Scottish Leaving Certificate Examination, 1958
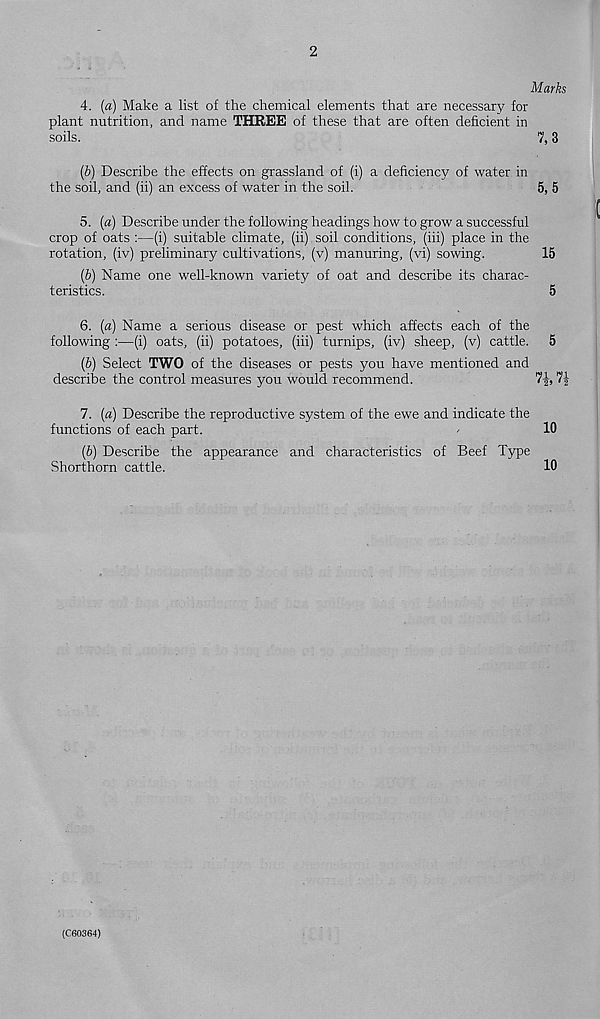
2
Marks
4. (a) Make a list of the chemical elements that are necessary for
plant nutrition, and name THREE of these that are often deficient in
soils.
7,3
(b) Describe the effects on grassland of (i) a deficiency of water in
the soil, and (ii) an excess of water in the soil.
5, 5
5. (a) Describe under the following headings how to grow a successful
crop of oats :—(i) suitable climate, (ii) soil conditions, (iii) place in the
rotation, (iv) preliminary cultivations, (v) manuring, (vi) sowing.
15
(b) Name one well-known variety of oat and describe its charac-
teristics.
5
6. (a) Name a serious disease or pest which affects each of the
following :—(i) oats, (ii) potatoes, (iii) turnips, (iv) sheep, (v) cattle. 5
(b) Select TWO of the diseases or pests you have mentioned and
describe the control measures you would recommend.
7-j,
7. (a) Describe the reproductive system of the ewe and indicate the
functions of each part.
-
10
(b) Describe the appearance and characteristics of Beef Type
Shorthorn cattle.
10
(C60364)